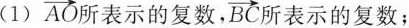
(1) $$\overrightarrow{AO}$$ 所表示的复数， $$\overrightarrow{BC}$$ 所表示的复数；